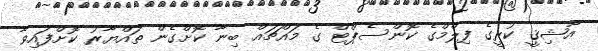
އާޝިޤީ ކުރީގެ ފިލްމްގެ ކޮންސެޕްޓް ގެ މައްޗައް ބިނާ ކޮށްގެން ތައްޔާރު ކޮށްފައިވާ